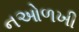
નઓળખી